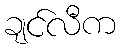
ချင်လီက